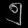
Digit: ၅